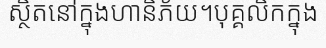
ស្ថិតនៅក្នុងហានិភ័យ។បុគ្គលិកក្នុង